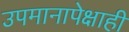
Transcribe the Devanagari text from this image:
उपमानापेक्षाही